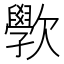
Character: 𭭗